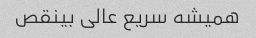
همیشه سریع عالی ‌بینقص